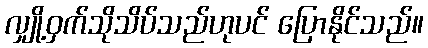
လျှို့ဝှက်သိုသိပ်သည်ဟုပင် ပြောနိုင်သည်။